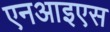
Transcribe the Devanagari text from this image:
एनआइएस